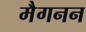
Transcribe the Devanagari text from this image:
मैगनन